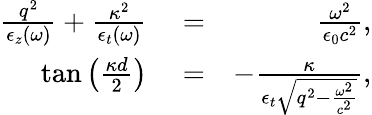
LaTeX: \begin{array}{rlr}{\frac{q^{2}}{\epsilon_{z}(\omega)}+\frac{\kappa^{2}}{\epsilon_{t}(\omega)}}&{{}=}&{\frac{\omega^{2}}{\epsilon_{0}c^{2}},}\\ {\tan\left(\frac{\kappa d}{2}\right)}&{{}=}&{-\frac{\kappa}{\epsilon_{t}\sqrt{q^{2}-\frac{\omega^{2}}{c^{2}}}},}\end{array}